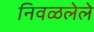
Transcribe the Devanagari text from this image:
निवळलेले